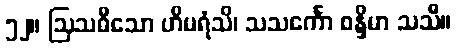
၅၂။ ဩသဓီသော ဟိမရံသိ၊ သသင်္ကော စန္ဒိမာ သသီ။